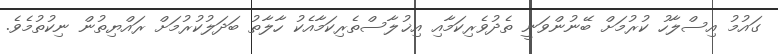
ގައުމު އިސްލާހު ކުރުމަށް ބޭނުންވަނީ ތެދުވެރިކަމާއި އިޚުލާސްތެރިކަމާއެކު ހާލާތު ބަދަލުކުރުމަށް ރައްޔިތުން ނިކުތުމެވެ.